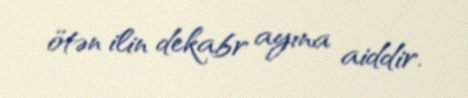
ötən ilin dekabr ayına aiddir.